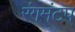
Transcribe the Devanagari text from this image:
रंगमंटप